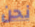
نحن